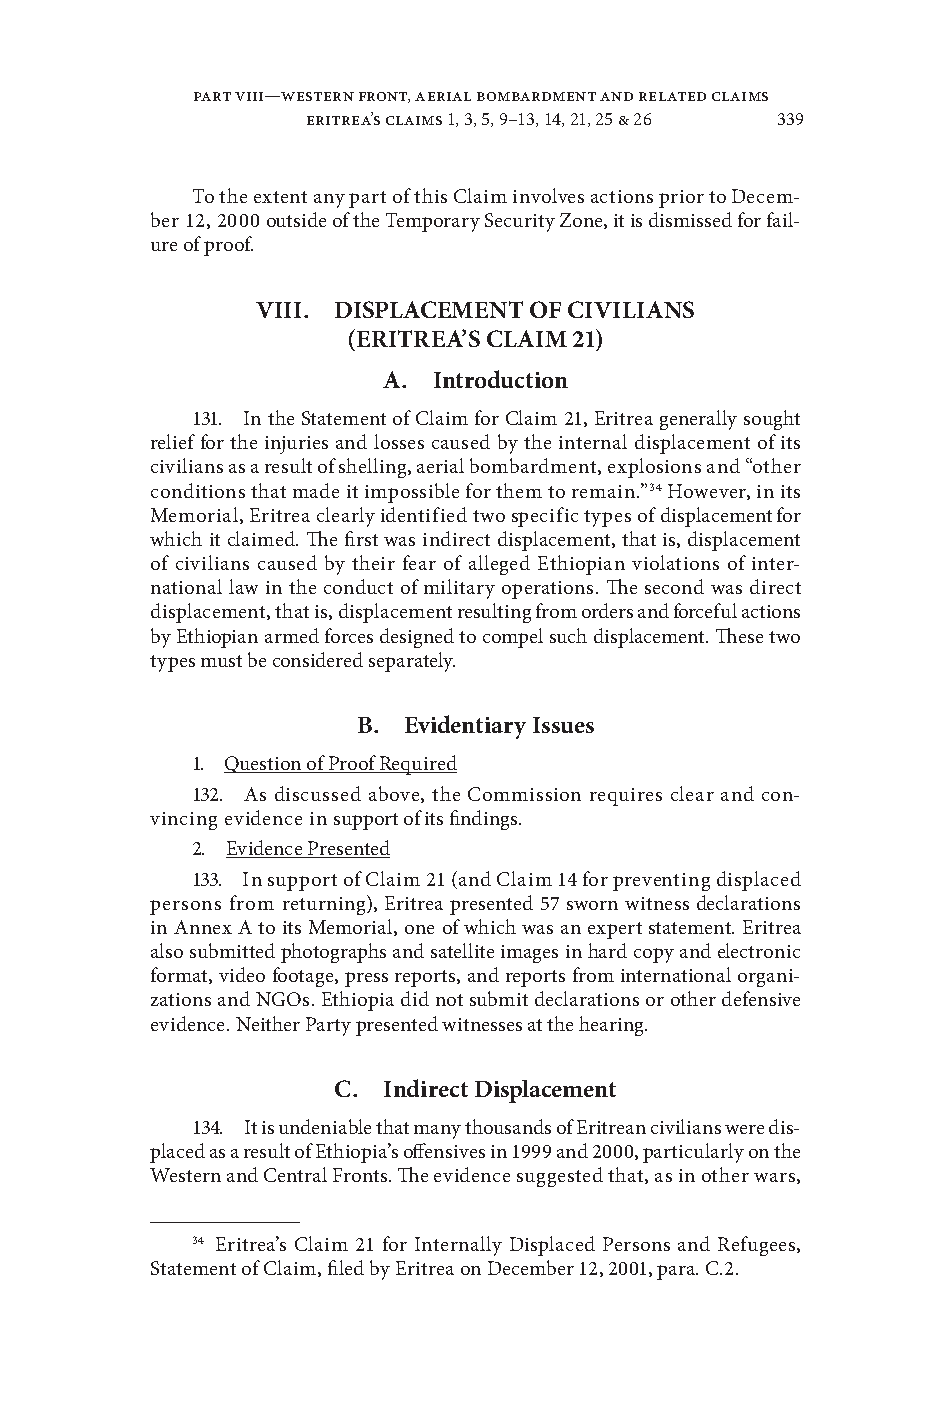
Part VIII—Western Front, Aerial Bombardment and Related Claims
 eritrea’s claims 1, 3, 5, 9–13, 14, 21, 25 & 26 339
 To the extent any part of this Claim inoles actions prior to Decem-
 ber 12, 2000 outside of the Temporary Security Zone, it is dismissed for fail-
 ure of proof .
 Viii. disPlaCemenT of CiVilians
 (eriTrea’s Claim 21)
 a.  introduction
 131 . In the Statement of Claim for Claim 21, Eritrea generally sought
 relief for the injuries and losses caused by the internal displacement of its
 ciilians as a result of shelling, aerial bombardment, explosions and “other
 conditions that made it impossible for them to remain .”34 Howeer, in its
 Memorial, Eritrea clearly identified two specific types of displacement for
 which it claimed . The first was indirect displacement, that is, displacement
 of ciilians caused by their fear of alleged Ethiopian iolations of inter-
 national law in the conduct of military operations . The second was direct
 displacement, that is, displacement resulting from orders and forceful actions
 by Ethiopian armed forces designed to compel such displacement . These two
 types must be considered separately .
 b. evidentiary issues
 1 . Question of Proof Required
 132 . As discussed aboe, the Commission requires clear and con-
 incing eidence in support of its findings .
 2 . Eidence Presented
 133 . In support of Claim 21 (and Claim 14 for preenting displaced
 persons from returning), Eritrea presented 57 sworn witness declarations
 in Annex A to its Memorial, one of which was an expert statement . Eritrea
 also submitted photographs and satellite images in hard copy and electronic
 format, ideo footage, press reports, and reports from international organi-
 zations and NGOs . Ethiopia did not submit declarations or other defensie
 eidence . Neither Party presented witnesses at the hearing .
 C. indirect displacement
 134 . It is undeniable that many thousands of Eritrean ciilians were dis-
 placed as a result of Ethiopia’s offensies in 1999 and 2000, particularly on the
 Western and Central Fronts . The eidence suggested that, as in other wars,
 34 Eritrea’s Claim 21 for Internally Displaced Persons and Refugees,
 Statement of Claim, filed by Eritrea on December 12, 2001, para . C .2 .